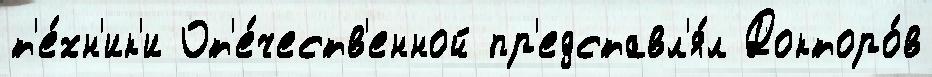
т'е́хн'ик'и От'е́честв'енной пр'едставл'я́л Докторо́в